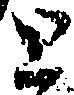
と